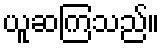
ယူဆကြသည်။